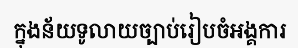
ក្នុងន័យទូលាយច្បាប់រៀបចំអង្គការ